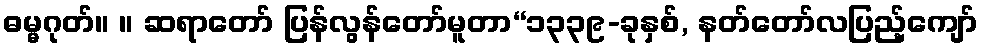
ဓမ္မဂုတ်။ ။ ဆရာတော် ပြန်လွန်တော်မူတာ“၁၃၃၉-ခုနှစ်, နတ်တော်လပြည့်ကျော်